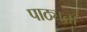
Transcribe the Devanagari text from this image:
पाठ्यता